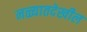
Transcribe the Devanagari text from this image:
नळ्यातदेखील